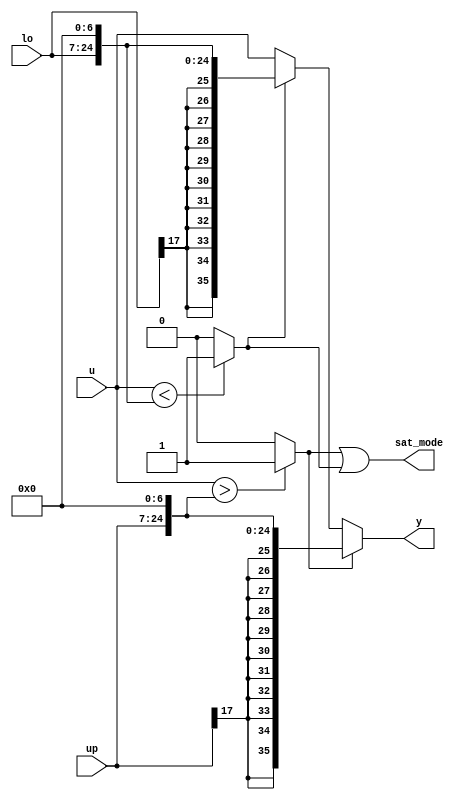
module velocityControlHdl_Dynamic_Saturation_block1
          (
           up,
           u,
           lo,
           y,
           sat_mode
          );


  input   signed [17:0] up;  // sfix18_En15
  input   signed [35:0] u;  // sfix36_En22
  input   signed [17:0] lo;  // sfix18_En15
  output  signed [35:0] y;  // sfix36_En22
  output  sat_mode;


  wire signed [35:0] LowerRelop1_1_cast;  // sfix36_En22
  wire LowerRelop1_relop1;
  wire signed [35:0] UpperRelop_1_cast;  // sfix36_En22
  wire UpperRelop_relop1;
  wire signed [35:0] lo_dtc;  // sfix36_En22
  wire signed [35:0] Switch_out1;  // sfix36_En22
  wire signed [35:0] up_dtc;  // sfix36_En22
  wire signed [35:0] Switch2_out1;  // sfix36_En22
  wire LowerRelop1_out1;


  // <S33>/LowerRelop1
  assign LowerRelop1_1_cast = {{11{up[17]}}, {up, 7'b0000000}};
  assign LowerRelop1_relop1 = (u > LowerRelop1_1_cast ? 1'b1 :
              1'b0);



  // <S33>/UpperRelop
  assign UpperRelop_1_cast = {{11{lo[17]}}, {lo, 7'b0000000}};
  assign UpperRelop_relop1 = (u < UpperRelop_1_cast ? 1'b1 :
              1'b0);



  assign lo_dtc = {{11{lo[17]}}, {lo, 7'b0000000}};



  // <S33>/Switch
  assign Switch_out1 = (UpperRelop_relop1 == 1'b0 ? u :
              lo_dtc);



  assign up_dtc = {{11{up[17]}}, {up, 7'b0000000}};



  // <S33>/Switch2
  assign Switch2_out1 = (LowerRelop1_relop1 == 1'b0 ? Switch_out1 :
              up_dtc);



  assign y = Switch2_out1;

  // <S33>/Logical Operator
  assign LowerRelop1_out1 = LowerRelop1_relop1 | UpperRelop_relop1;



  assign sat_mode = LowerRelop1_out1;

endmodule